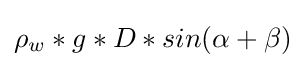
\rho _{w}*g*D*sin(\alpha +\beta )